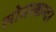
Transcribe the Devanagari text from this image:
सोमस्कन्दर